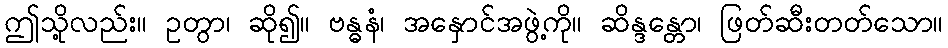
ဤသို့လည်း။ ဥတွာ၊ ဆို၍။ ဗန္ဓနံ၊ အနှောင်အဖွဲ့ကို။ ဆိန္ဒန္တော၊ ဖြတ်ဆီးတတ်သော။